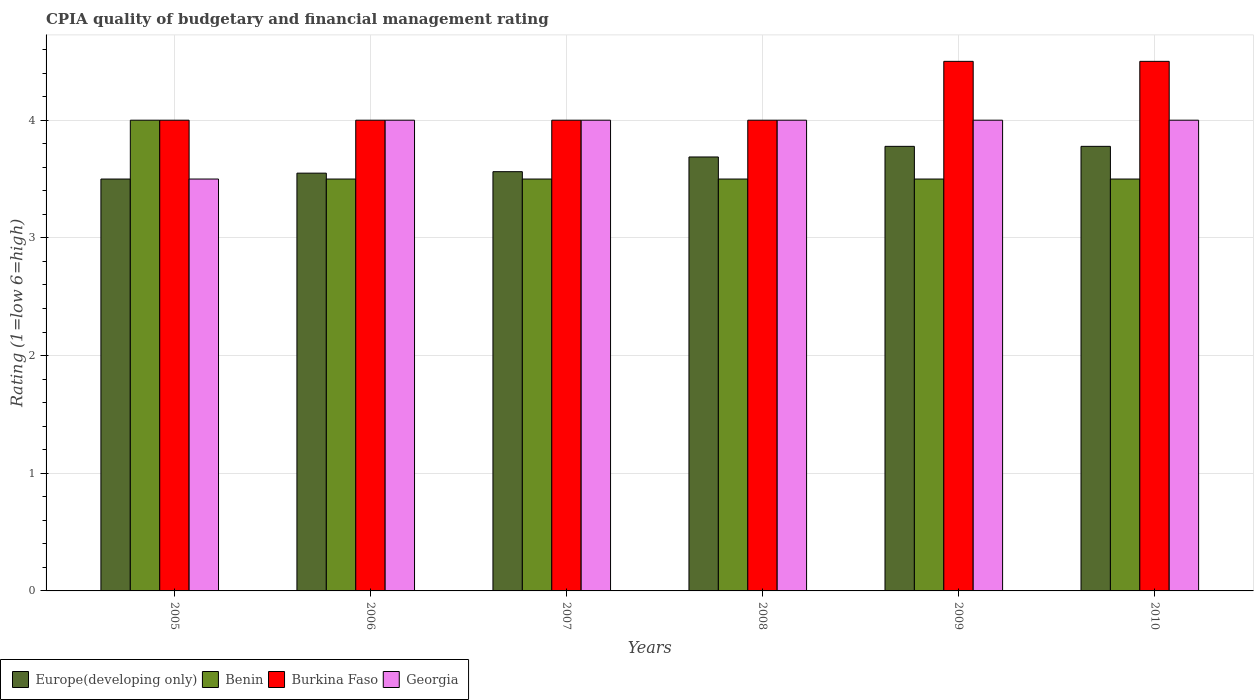
| Years | Europe(developing only) | Benin | Burkina Faso | Georgia |
 | --- | --- | --- | --- | --- |
 | 2005 | 3.5 | 4 | 4 | 3.5 |
 | 2006 | 3.55 | 3.5 | 4 | 4 |
 | 2007 | 3.56 | 3.5 | 4 | 4 |
 | 2008 | 3.69 | 3.5 | 4 | 4 |
 | 2009 | 3.78 | 3.5 | 4.5 | 4 |
 | 2010 | 3.78 | 3.5 | 4.5 | 4 |